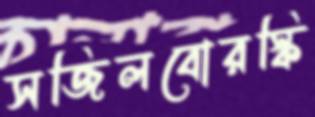
সজিলবোরস্কি